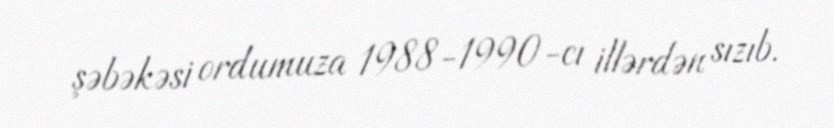
şəbəkəsi ordumuza 1988-1990-cı illərdən sızıb.